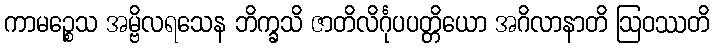
ကာမဉ္စေသ အမ္ဗိလရသေန ဘိက္ခသိ ဇာတိလိင်္ဂုပပတ္တိယော အဂိလာနာတိ ဩဝဿတိ